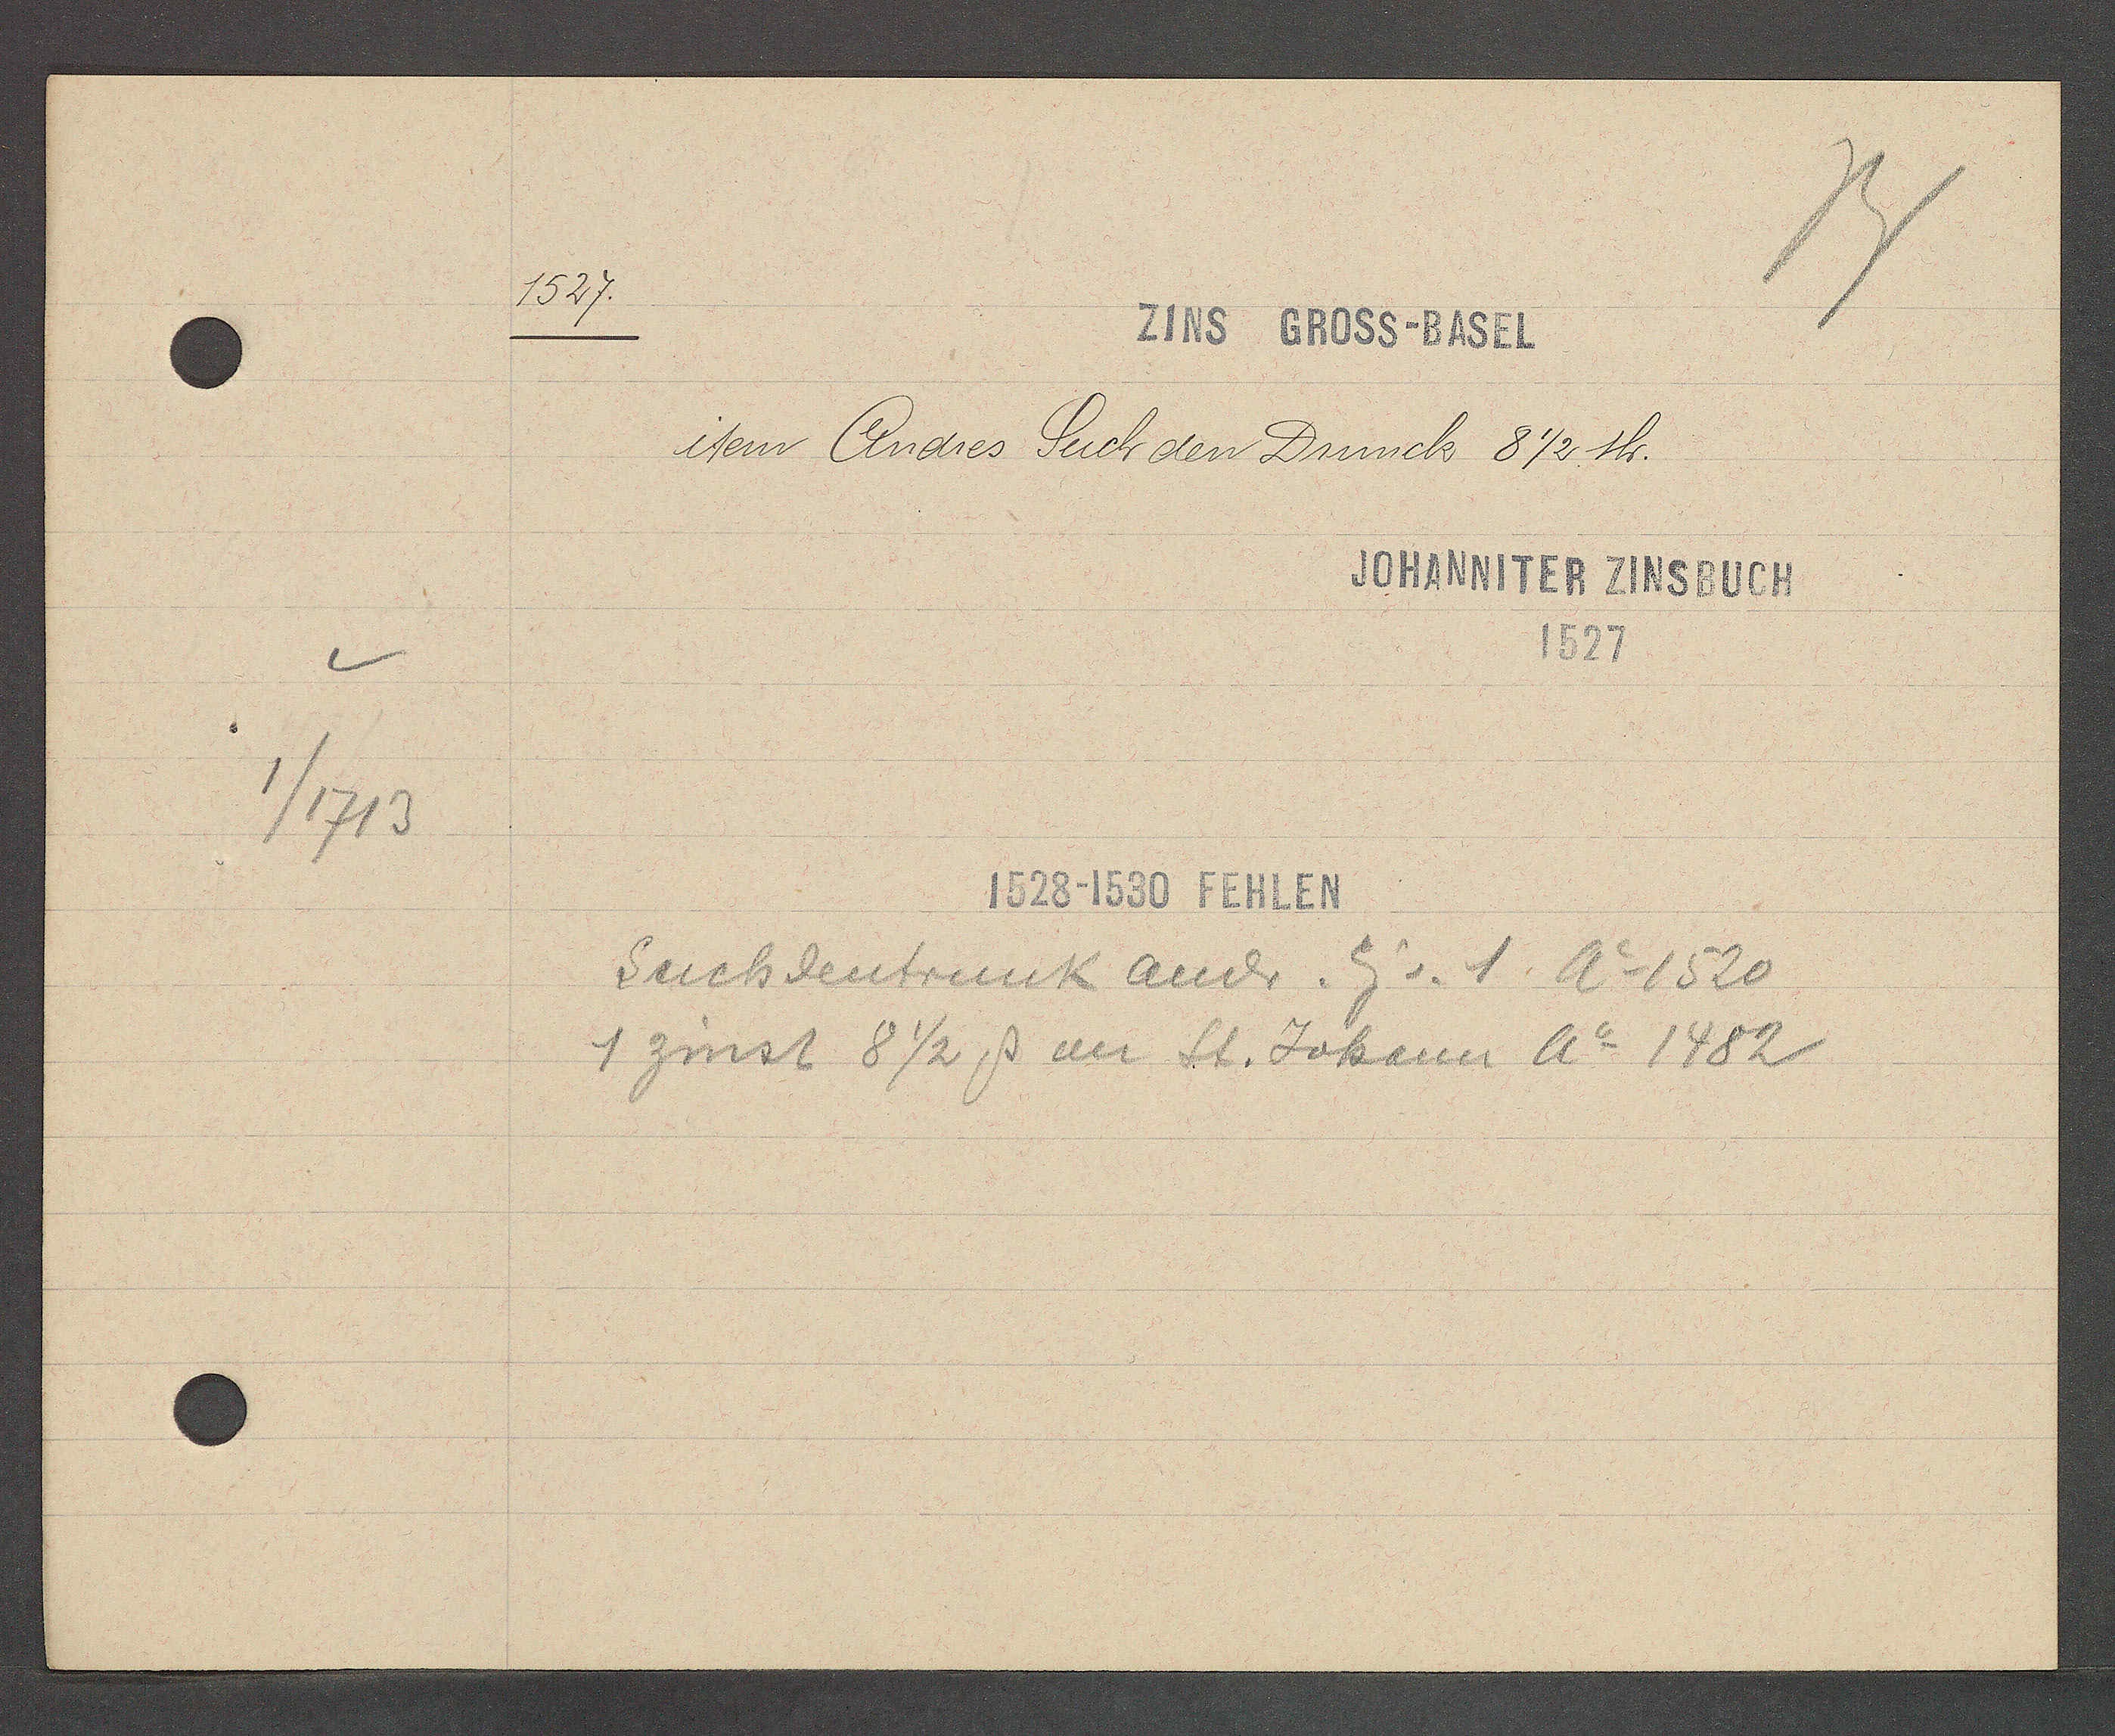
Transcript:
1/1713

1527.

ZINS GROSS-BASEL

item Andres Such den Drunck 8 ½ sh.

JOHANNITER ZINSBUCH
1527

1528-1530 FEHLEN
Suchdentrunk Andr. Eig v. 1 Ao 1520
1 zinst 8 ½ ß an St. Johann Ao 1482